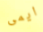
ايمى